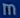
m